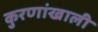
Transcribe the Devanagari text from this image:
कुरणांखाली